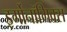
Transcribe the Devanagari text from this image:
इर्गोनॉमिक्स